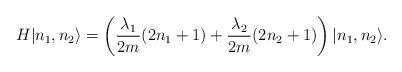
LaTeX: \begin{align*} H\vert n_1,n_2\rangle = \left(\frac{\lambda_1}{2m}(2n_1 +1) + \frac{\lambda_2}{2m}(2n_2 +1)\right)\vert n_1,n_2\rangle.\end{align*}